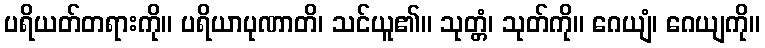
ပရိယတ်တရားကို။ ပရိယာပုဏာတိ၊ သင်ယူ၏။ သုတ္တံ၊ သုတ်ကို။ ဂေယျံ၊ ဂေယျကို။